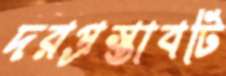
দরপ্রস্তাবটি